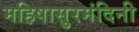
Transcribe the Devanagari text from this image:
महिषासुरमंदिनी